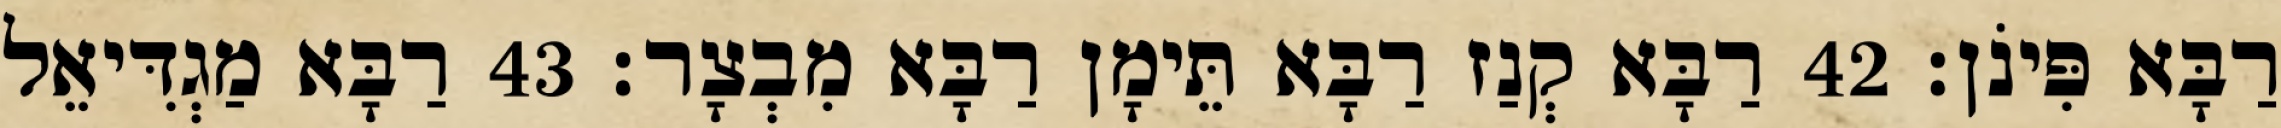
רַבָּא פִּינֹן׃ 42 רַבָּא קְנַז רַבָּא תֵּימָן רַבָּא מִבְצָר׃ 43 רַבָּא מַגְדִּיאֵל